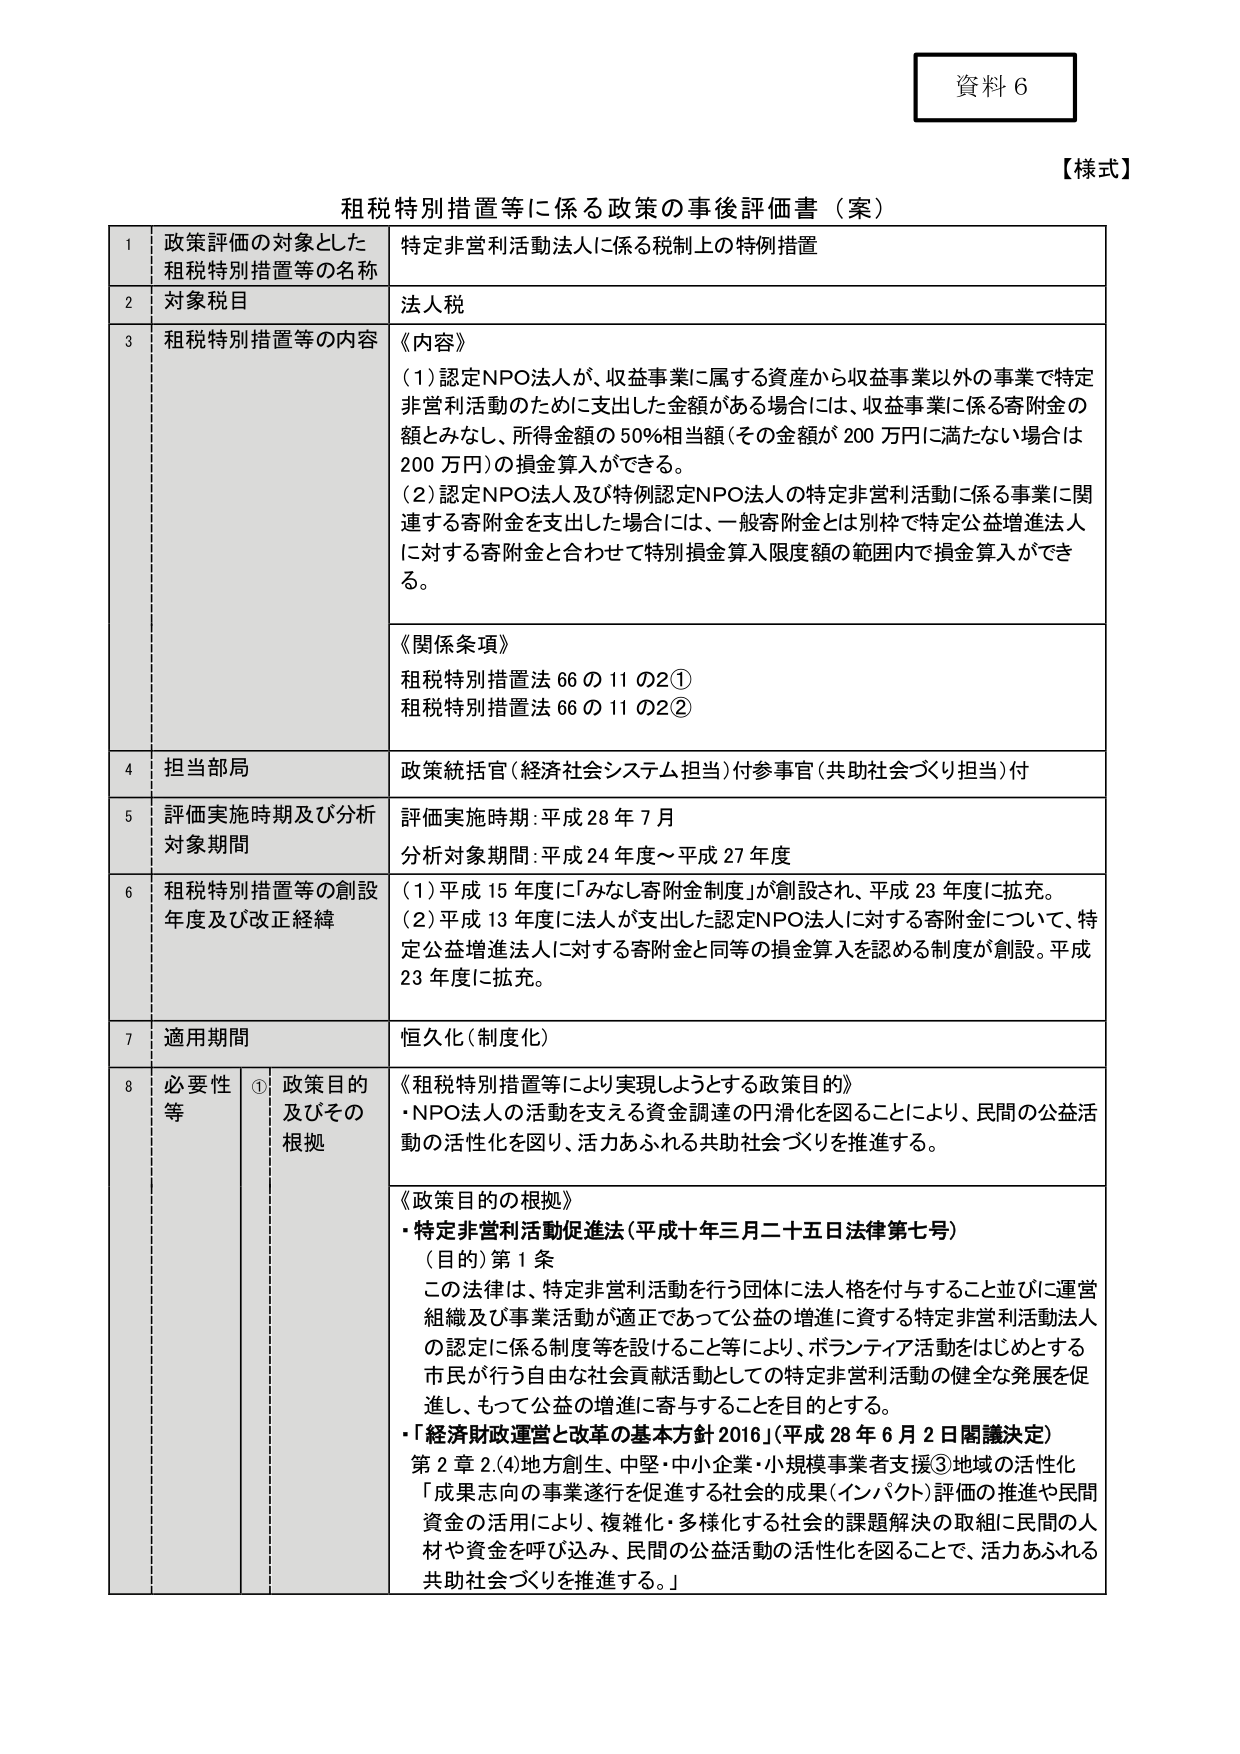
資料６

【様式】

租税特別措置等に係る政策の事後評価書（案）

1 政策評価の対象とした租税特別措置等の名称 特定非営利活動法人に係る税制上の特例措置
2 対象税目 法人税
3 租税特別措置等の内容 《内容》
（1）認定NPO法人が、収益事業に属する資産から収益事業以外の事業で特定非営利活動のために支出した金額がある場合には、収益事業に係る寄附金の額とみなし、所得金額の50％相当額（その金額が200万円に満たない場合は200万円）の損金算入ができる。
（2）認定NPO法人及び特例認定NPO法人の特定非営利活動に係る事業に関連する寄附金を支出した場合には、一般寄附金とは別枠で特定公益増進法人に対する寄附金と合わせて特別損金算入限度額の範囲内で損金算入ができる。
《関係条項》
租税特別措置法66の11の2①
租税特別措置法66の11の2②
4 担当当局 政策統括官（経済社会システム担当）付参事官（共助社会づくり担当）付
5 評価実施時期及び分析対象期間 評価実施時期：平成28年7月
分析対象期間：平成24年度～平成27年度
6 租税特別措置等の創設年度及び改正経緯 （1）平成15年度に「みなし寄附金制度」が創設され、平成23年度に拡充。
（2）平成13年度に法人が支出した認定NPO法人に対する寄附金について、特定公益増進法人に対する寄附金と同等の損金算入を認める制度が創設。平成23年度に拡充。
7 適用期間 恒久化（制度化）
8 必要性等 ① 政策目的及びその根拠 《租税特別措置等により実現しようとする政策目的》
・NPO法人の活動を支える資金調達の円滑化を図ることにより、民間の公益活動の活性化を図り、活力あふれる共助社会づくりを推進する。
《政策目的の根拠》
・特定非営利活動促進法（平成十年三月二十五日法律第七号）
（目的）第1条
この法律は、特定非営利活動を行う団体に法人格を付与すること並びに運営組織及び事業活動が適正であって公益の増進に資する特定非営利活動法人の認定に係る制度等を設けること等により、ボランティア活動をはじめとする市民が行う自由な社会貢献活動としての特定非営利活動の健全な発展を促進し、もって公益の増進に寄与することを目的とする。
・「経済財政運営と改革の基本方針2016」（平成28年6月2日閣議決定）
第2章2.(4)地方創生、中堅・中小企業・小規模事業者支援③地域の活性化
「成果志向の事業遂行を促進する社会的成果（インパクト）評価の推進や民間資金の活用により、複雑化・多様化する社会的課題解決の取組に民間の人材や資金を呼び込み、民間の公益活動の活性化を図ることで、活力あふれる共助社会づくりを推進する。」